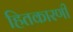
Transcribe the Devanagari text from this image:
हितकारणी